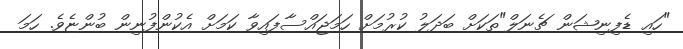
"ހައި ޑެފިނިޝަން ޗެނަލް"ތަކަށް ބަދަލު ކުރުމަށް ހަމަޖައްސާފައިވާ ކަމަށް އެކުންފުނިން ބުންޏެވެ. ހަމަ